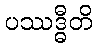
ပဿဒ္ဓီတိ